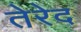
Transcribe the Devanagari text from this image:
तेरेद